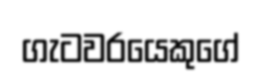
ගැටවරයෙකුගේ